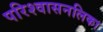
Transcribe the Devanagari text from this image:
परिश्वासनलिका